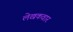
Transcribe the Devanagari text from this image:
लेखकवार